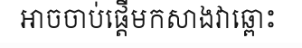
អាចចាប់ផ្តើមកសាងវាឆ្ពោះ